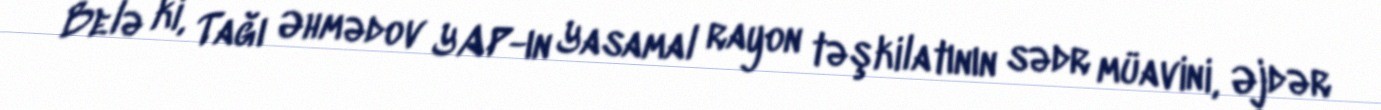
Belə ki, Tağı Əhmədov YAP-ın Yasamal rayon təşkilatının sədr müavini, Əjdər